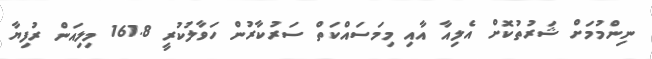
ނިންމުމަށް ޝަރުތުކޮށް އެލިއާ އާއި މިމަސައްކަތް ސަރުކާރުން ހަވާލުކުރީ 161.8 މިލިއަން ރުފިޔާ